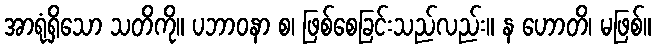
အာရုံရှိသော သတိကို။ ပဘာဝနာ စ၊ ဖြစ်စေခြင်းသည်လည်း။ န ဟောတိ၊ မဖြစ်။